Memorandum on the prevention of leprosy by segregation of the affected
Disease focus: Leprosy
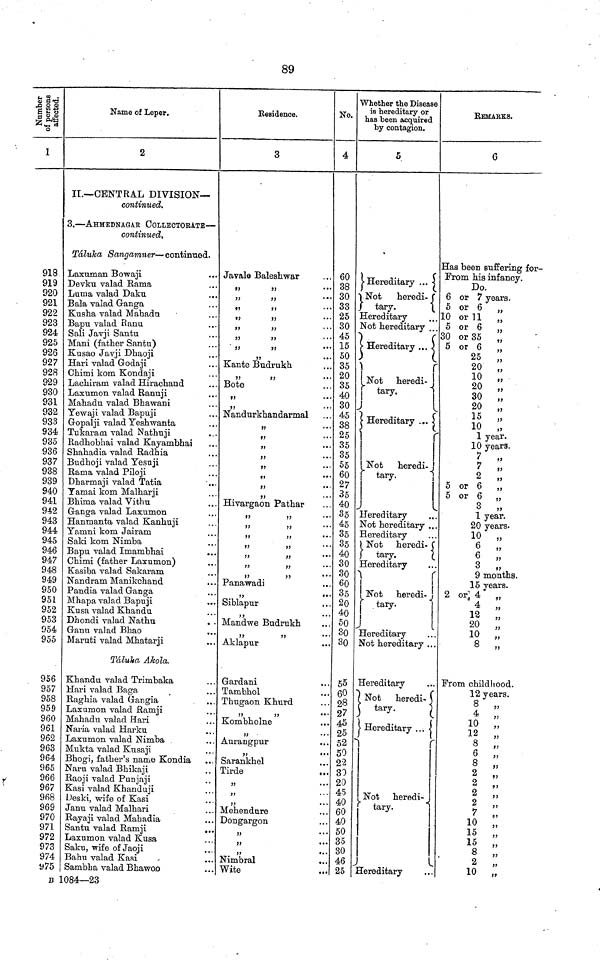
89
Number of persons affected.
1
918
919
920
921
922
923
924
925
926
927
928
929
930
931
932
933
934
935
936
937
938
939
940
941
942
943
944
945
946
947
948
949
950
951
952
953
954
955
956
957
958
959
960
961
962
963
964
965
966
967
968
969
970
971
972
973
974
975
B
Name of Leper.
2
II.—CENTRAL DIVISION—
continued.
3.—AHMEDNAGAR COLLECTORATE—
continued.
Táluka Sangamner—continued.
Laxuman Bowaji
Devku valad Rama
Luma valad Daku
Bala valad Ganga
Kusha valad Mahadu
Bapu valad Ranu
Sali Javji Santu
Mani (father Santu)
Kusao Javji Dhaoji
Hari valad Godaji
Chimi kom Kondaji
Lachiram valad Hirachand
Laxumon valad Ranuji
Mahadu valad Bhawani
Yewaji valad Bapuji
Gopalji valad Yeshwanta
Tukaram valad Nathnji
Radhobhai valad Kayambhai
Shahadia valad Radhia
Budhoji valad Yesuji
Rama valad Piloji
Dharmaji valad Tatia
Yamai kom Malharji
Bhima valad Vithu
Ganga valad Laxumon
Hanmanta valad Kanhuji
Yamni kom Jairam
Saki kom Nimba
Bapu valad Imambhai
Chimi (father Laxumon)
Kasiba valad Sakaram
Nandram Manikchand
Pandia valad Ganga
Mhapa valad Bapuji
Kusa valad Khandu
Dhondi valad Nathu
.
Ganu valad Bhao
Maruti valad Mhatarji
Táluka Akola.
Khandu valad Trimbaka
Hari valad Baga
Raghia valad Gangia
Laxumon valad Ramji
Mahadu valad Hari
Naria valad Harku
Laxumon valad Nimba
Mukta valad Kusaji
Bhogi, father's name Kondia
Naru valad Bhikaji
Raoji valad Punjaji
Kasi valad Khanduji
Deski, wife of Kasi
Janu valad Malhari
Rayaji valad Mahadia
Santu valad Ramji
...
Laxumon valad Kusa
Saku, wife of Jaoji
Bahu valad Kasi
Sambha valad Bhawoo
1084—23
Kesidence.
3
Javale Baleshwar
11
11
* * '
,, ,,
,, ,,
11
11
'"
,, ,,
,, ,,
11
•••
Kante Budrukh
11
11
•••
Bote
Nandurkhandarmal
• • •
•••
Hivargaon Pathar
,, ,,
,, ,,
,, ,,
,, ,,
17
17
"
,, ,,
Panawadi
..
,,
Siblapur
Mandwe Budrukh
,, ,,
Aklapur
Gardani
...
Tambhol
Thugaon Khurd
Kombholne
,,
Aurangpur
,,
Sarankhel
Tirde
,,
,,
Meliendure
Dongargon
• 4 •
,,
,,
Nimbral
Wite
No.
4
o
38
30
33
25
30
45
15
50
35
20
35
40
30
45
38
25
35
35
55
60
27
35
40
35
45
35
35
40
30
30
60
35
20
40
50
30
30
55
60
28
27
45
25
52
50
22
30
20
45
40
60
40
50
35
30
46
25
Whether the Disease
is hereditary or
has been acquired
by contagion.
5
Hereditary
Not
heredi-
tary.
Hereditary
Not hereditary ...
Hereditary
Not heredi-
tary.
Hereditary
}
r
Not
heredi-
tary.
Hereditary
Not hereditary ..
Hereditary
Not heredi-
tary.
Hereditary
\
Not heredi-
tary.
Hereditary
Not hereditary ...
Hereditary
Not heredi-
tary.
Hereditary ...
i
Not heredi-
tary.
Hereditary
REMARKS.
6
Has been suffering for-
From his infancy.
Do.
6 or 7 years.
5 or 6 „
10 or 11 „
5 or 6 „
30 or 35
„
5 or 6 „
25 „
20 „
10 „
20 „
30 „
20 „
15 „
10 „
1 year.
10 years.
7
„
7 ,,
2 „
5 or 6 „
5 or 6 „
3 „
1 year.
20 years.
10 „
6
,,
6 „
3 „
9 months.
15 years.
2 or 4 „
4 „
12 „
20 „
10 „
8 „
From childhood.
12 years.
8 „
4 „
10 „
12
„
8 „
6 „
8 „
2
,,
2 ,,
2
2 „
10 „
15 „
15 „
8 „
2 „
10 „